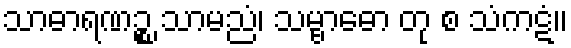
သာဓာရဏဉ္စ သာမညံ၊ သမ္ဗာဓော တု စ သံကဋံ။